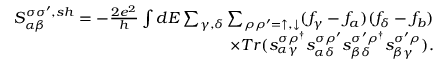
\begin{array} { r } { { S _ { \alpha \beta } ^ { \sigma \sigma ^ { \prime } , s h } } = - \frac { 2 e ^ { 2 } } { h } \int d E \sum _ { \gamma , \delta } \sum _ { \rho \rho ^ { \prime } = \uparrow , \downarrow } ( f _ { \gamma } - f _ { a } ) ( f _ { \delta } - f _ { b } ) } \\ { \times T r ( s _ { \alpha \gamma } ^ { \sigma \rho ^ { \dagger } } s _ { \alpha \delta } ^ { \sigma \rho ^ { \prime } } s _ { \beta \delta } ^ { \sigma ^ { \prime } \rho ^ { \dagger } } s _ { \beta \gamma } ^ { \sigma ^ { \prime } \rho } ) . } \end{array}